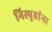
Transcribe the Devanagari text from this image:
निस्पृहांना